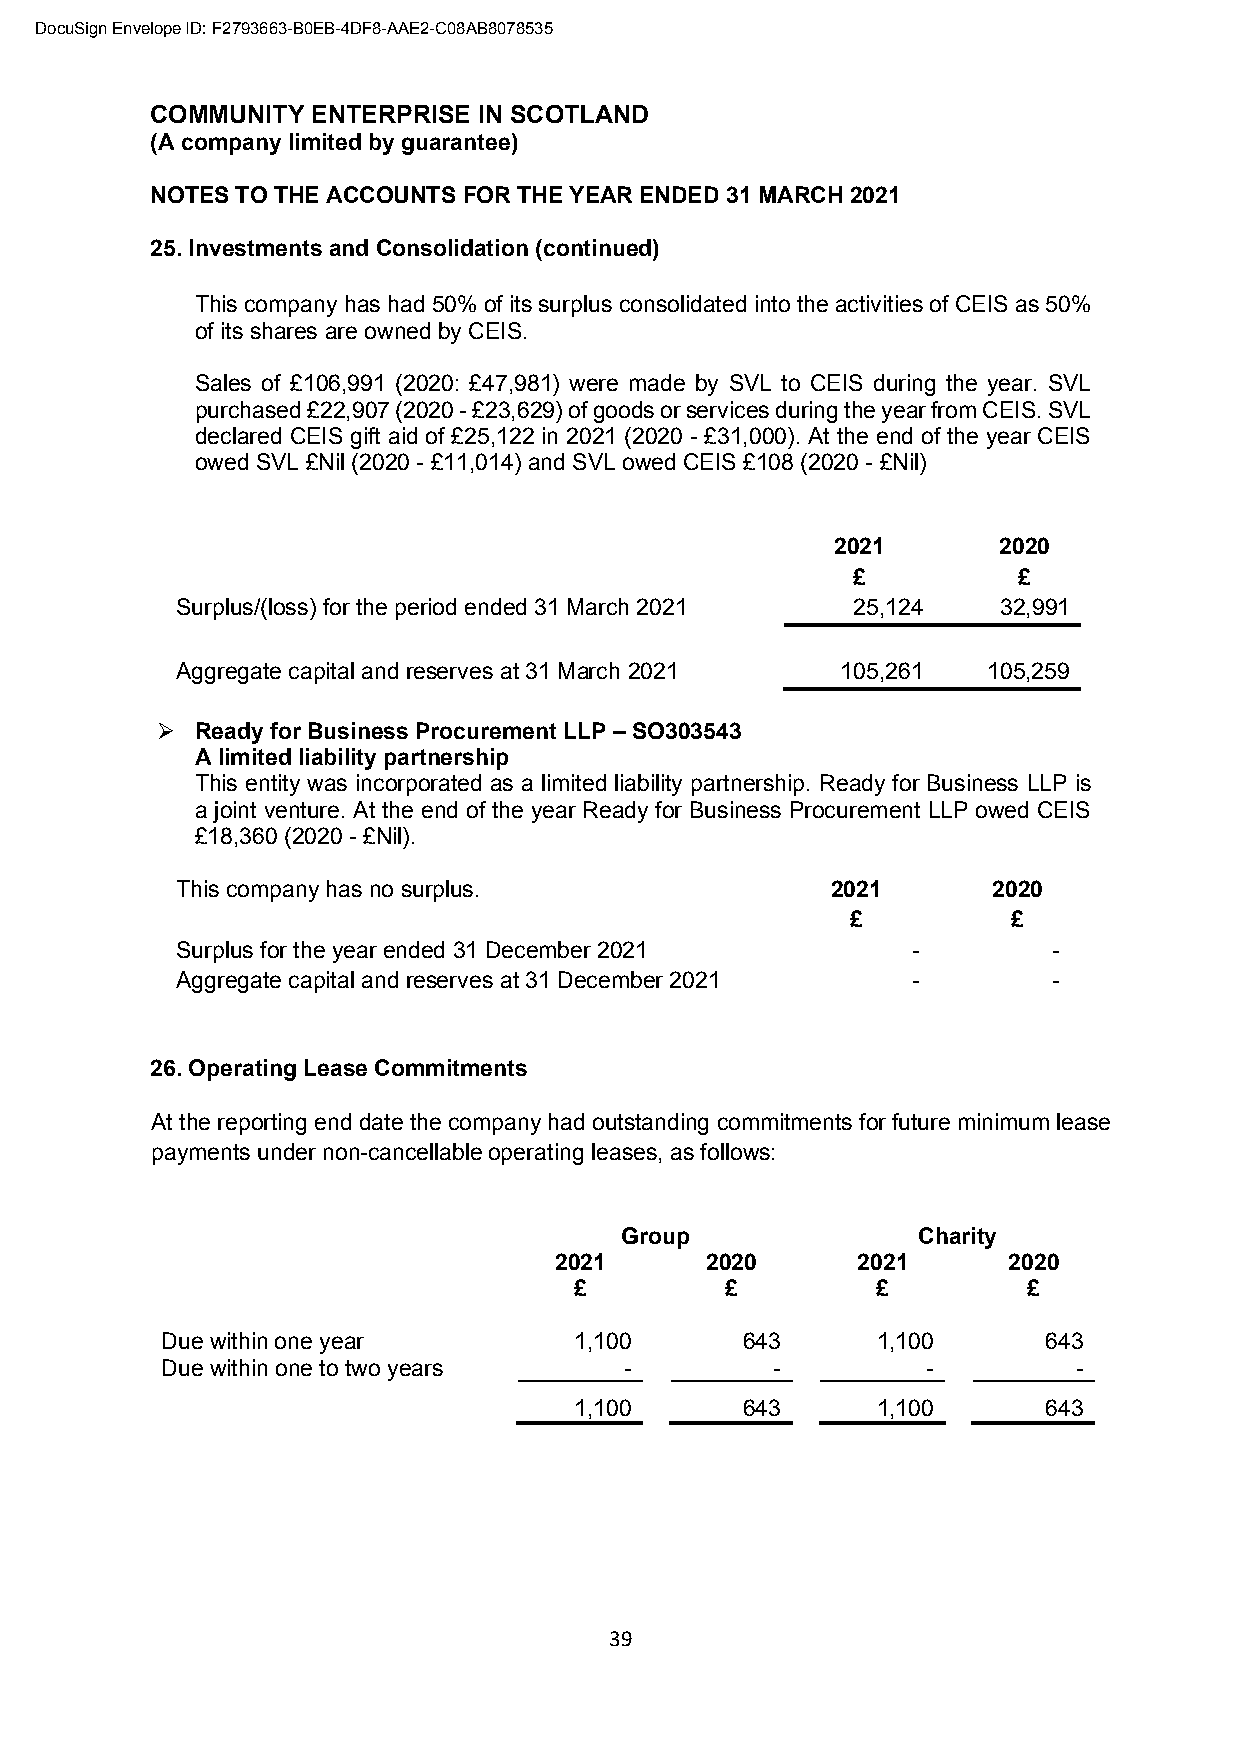
DocuSign Envelope ID: F2793663-B0EB-4DF8-AAE2-C08AB8078535
 COMMUNITY  ENTERPRISE IN SCOTLAND
 (A company limited by guarantee)
 NOTES TO THE ACCOUNTS FOR THE YEAR ENDED 31 MARCH 2021
 25. Investments and Consolidation (continued)
 This company has had 50% of its surplus consolidated into the activities of CEIS as 50%
 of its shares are owned by CEIS.
 Sales of £106,991 (2020: £47,981) were made by SVL to CEIS during the year. SVL
 purchased £22,907 (2020 - £23,629) of goods or services during the year from CEIS. SVL
 declared CEIS gift aid of £25,122 in 2021 (2020 - £31,000). At the end of the year CEIS
 owed SVL £Nil (2020 - £11,014) and SVL owed CEIS £108 (2020 - £Nil)
 2021       2020
 £          £
 Surplus/(loss) for the period ended 31 March 2021 25,124 32,991
 Aggregate capital and reserves at 31 March 2021 105,261 105,259
 ➢  Ready for Business Procurement LLP – SO303543
 A limited liability partnership
 This entity was incorporated as a limited liability partnership. Ready for Business LLP is
 a joint venture. At the end of the year Ready for Business Procurement LLP owed CEIS
 £18,360 (2020 - £Nil).
 This company has no surplus.               2021       2020
 £          £
 Surplus for the year ended 31 December 2021     -         -
 Aggregate capital and reserves at 31 December 2021 -      -
 26. Operating Lease Commitments
 At the reporting end date the company had outstanding commitments for future minimum lease
 payments under non-cancellable operating leases, as follows:
 Group               Charity
 2021      2020      2021      2020
 £         £         £         £
 Due within one year        1,100      643      1,100      643
 Due within one to two years   -         -         -         -
 1,100      643      1,100      643
 39